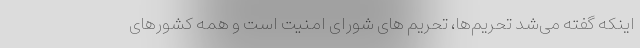
اینکه گفته می‌شد تحریم‌ها، تحریم های شورای امنیت است و همه کشورهای